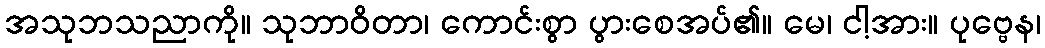
အသုဘသညာကို။ သုဘာဝိတာ၊ ကောင်းစွာ ပွားစေအပ်၏။ မေ၊ ငါ့အား။ ပုဗ္ဗေန၊